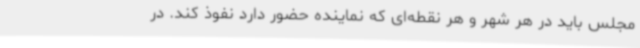
مجلس باید در هر شهر و هر نقطه‌ای که نماینده حضور دارد نفوذ کند. در